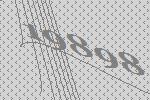
19898